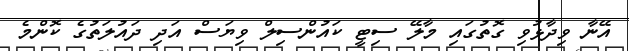
އޭނާ ވިދާޅުވި ގޮތުގައި މާލޭ ސިޓީ ކައުންސިލް ވިޔަސް އަދި ދައުލަތުގެ ކޮންމެ